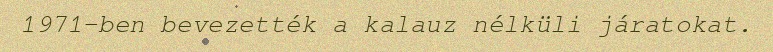
1971-ben bevezették a kalauz nélküli járatokat.